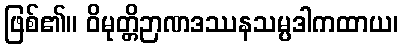
ဖြစ်၏။ ဝိမုတ္တိဉာဏဒဿနသမ္ပဒါကထာယ၊